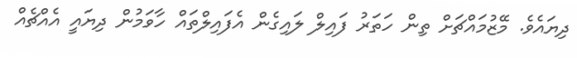
ދިޔައެވެ. މޭޒުމައްޗަށް ތިން ހަތަރު ފައިލް ލައިގެން އެފައިލްތައް ހާވަމުން ދިޔައީ އެއްޗެއް